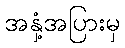
အနှံ့အပြားမှ